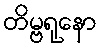
တိမ္ဗရုနော